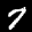
Label: 7